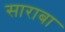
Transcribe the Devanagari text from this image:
साराबा